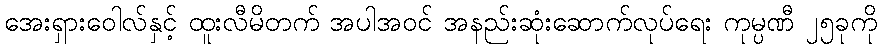
အေးရှားဝေါလ်နှင့် ထူးလီမိတက် အပါအဝင် အနည်းဆုံးဆောက်လုပ်ရေး ကုမ္ပဏီ ၂၅ခုကို